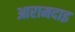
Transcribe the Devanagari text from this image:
आरामदाइ